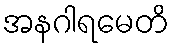
အနဂါရမေတိ